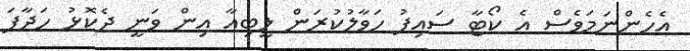
އެހެންނަމަވެސް އެ ކޯޓާ ސައިފު ހަވާލުކުރަން ލީބިއާ އިން ވަނީ ދެކޮޅު ހަދާފަ